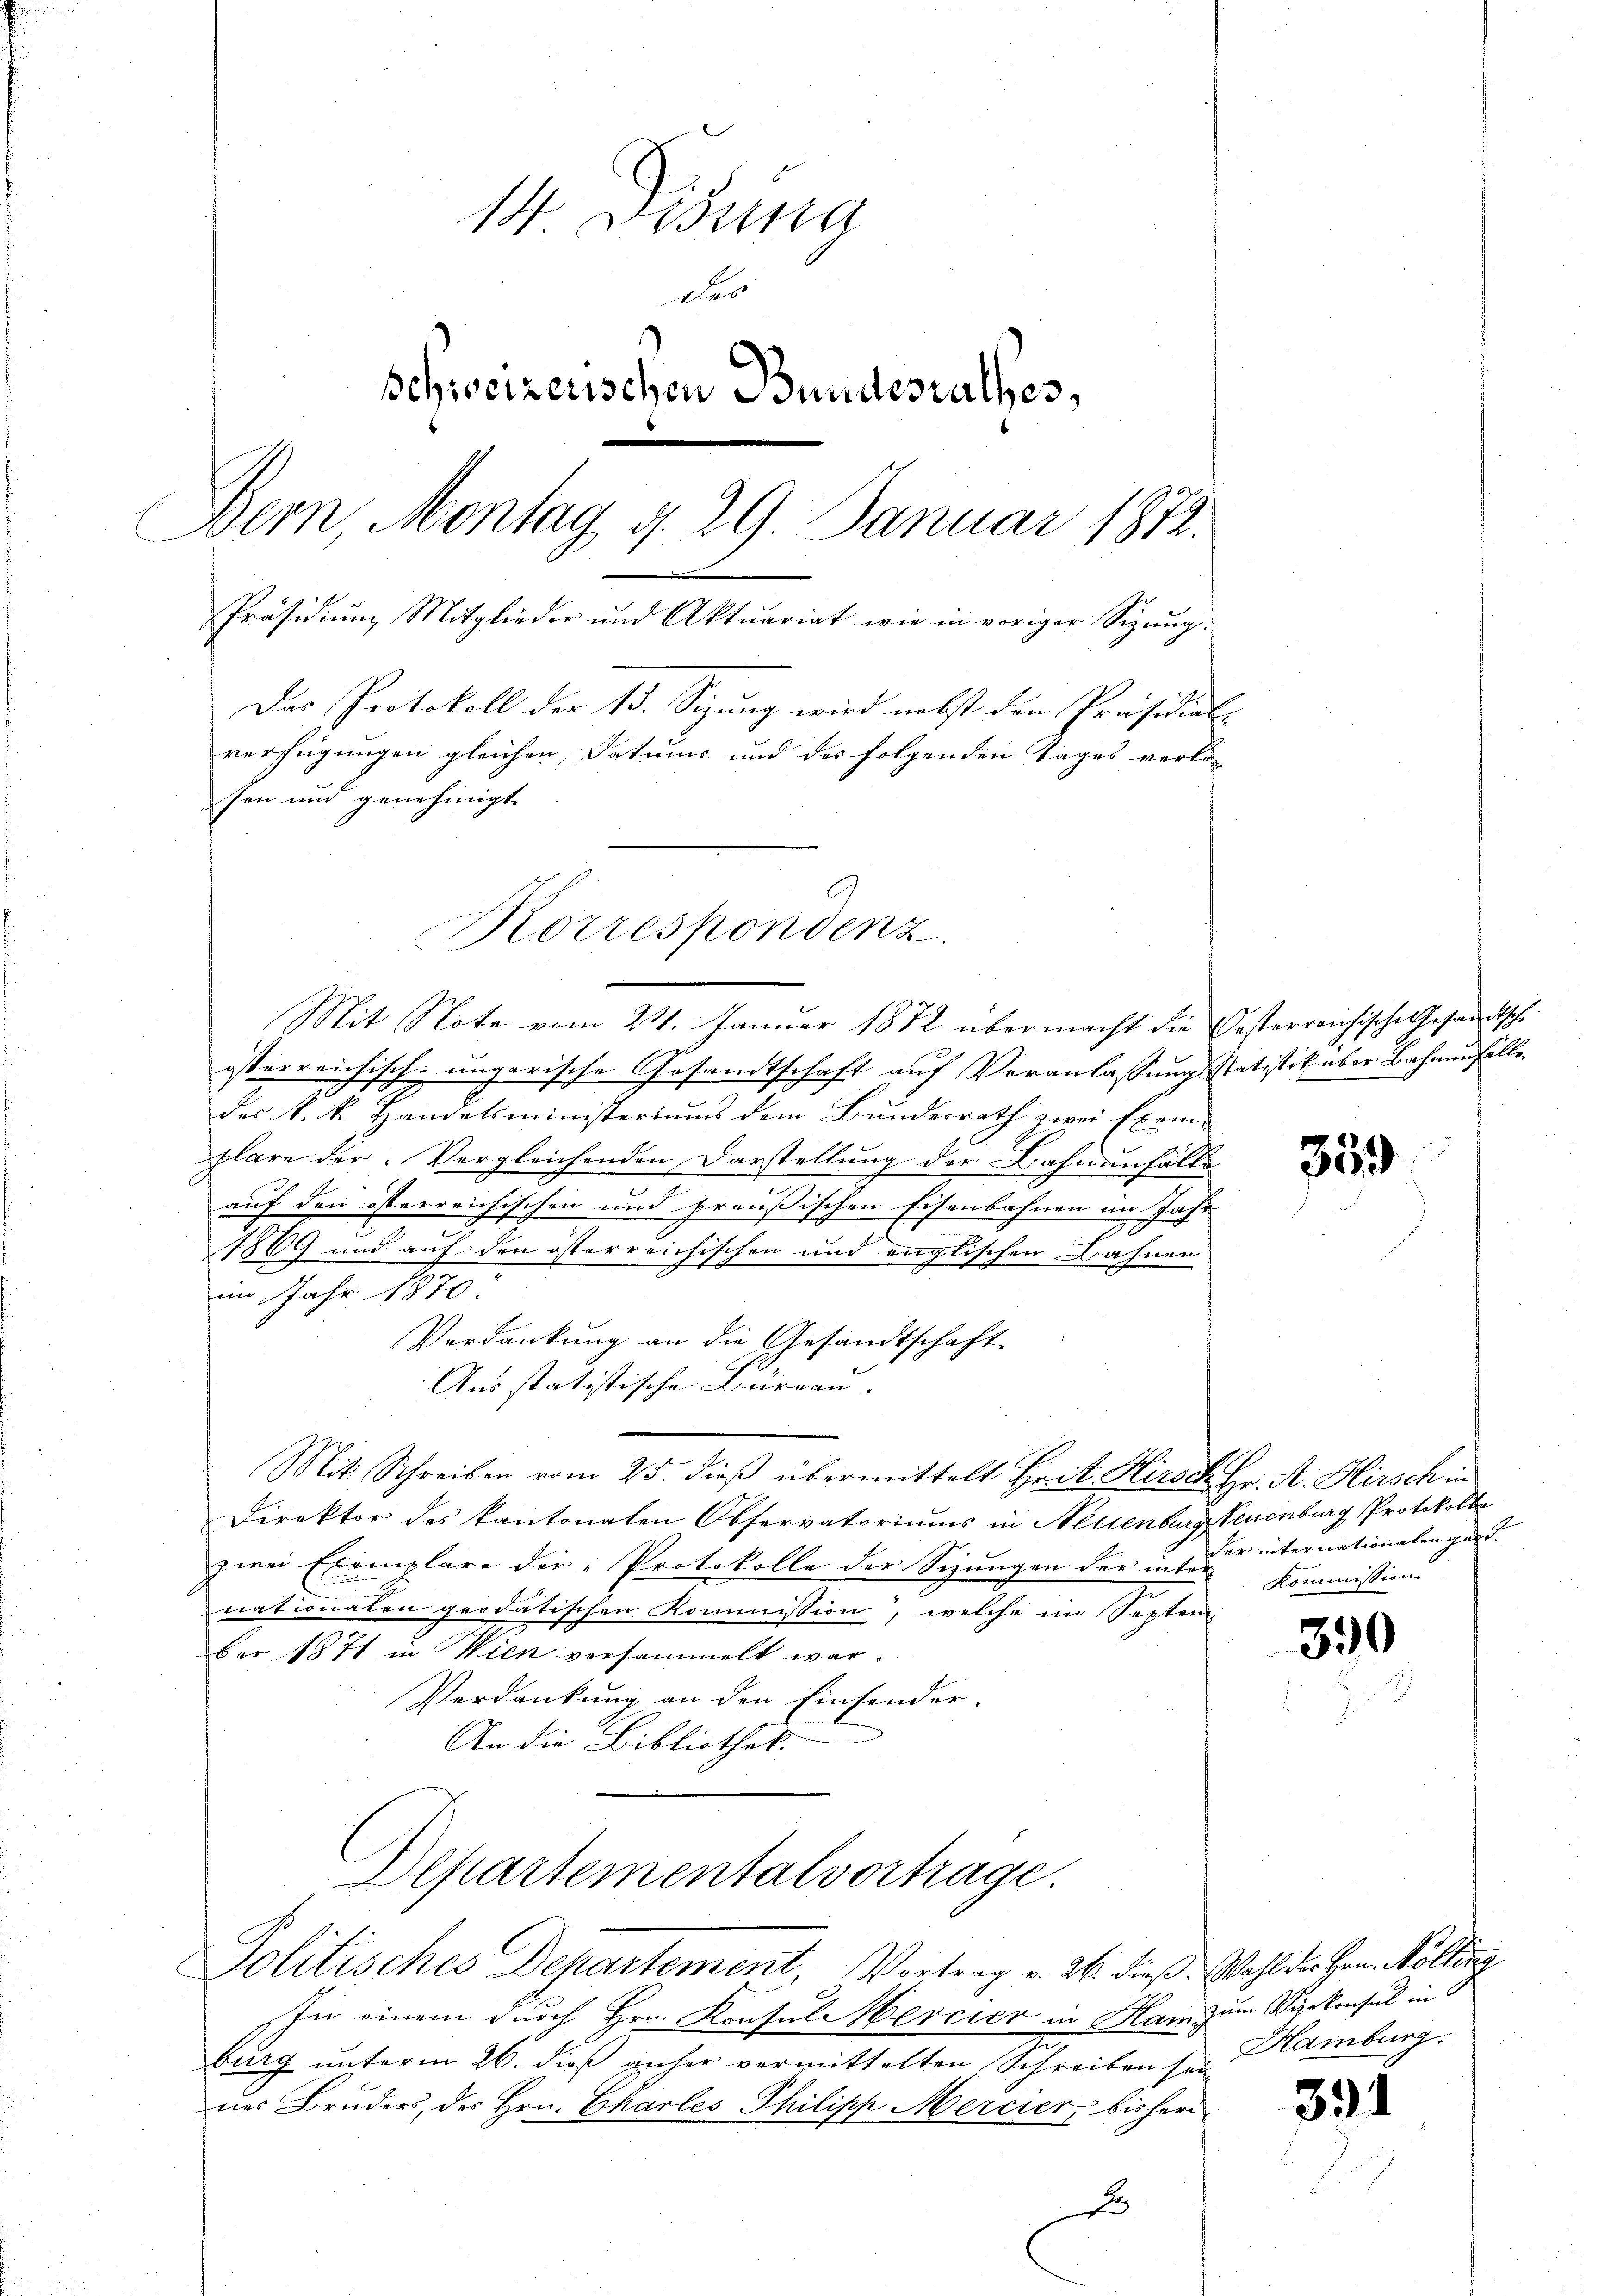
14. Disena
der
schweizerischen Bundesrathes,
Bern, Montag d. 29. Januar 1872.
Präsidiŭm Mitglieder und Aktuariat wie in voriger Sizung.
Das Protokoll der 13. Sizung wird nebst den Präsidial-
verfügungen gleichen Datums und des folgenden Tages verle-
sen und genehmigt.

Mit Note vom 21. Januar 1872 übermacht die Oesterreichische Gesandtsche
isterreichisch-ungarische Gesandtschaft auf Veranlassung statistik über Bahnenfalle
des k. k. Handelsministeriums dem Bŭndesrath zwei Exem-
plare der Vergleichenden Darstellung der Bahnenfälle
c
auf den österreichischen und preußischen Eisenbahnen im Jahr
1869 und auf den österreichischen und englischen Bahnen
im Jahr 1870.
Verdankung an die Gesandtschaft
Ausstatistische Büreau.
Mit Schreiben vom 25. dieß übermittelt Hrst. Hirsch Hr. A. Hirsch in
Direktor des kantonalen Observatoriums in Neuenburg Neuenburg Protokoll
zwei Exemplare der Protokolle der Sizungen der inter-
nationalen geodatischen Kommission, welche im Septem-
ber 1871 in Wien versammelt war.
Verdankung an den Einsender.
An die Bibliothek.
Departementalvortrage.
Politisches Departement Vortrag v. 26. dieß. Wahl der Hrn. Kölling
In einem durch Hrn. Konsul Hercier in Ham zum Vizekonsul in
burg unterm 26. dieß geher vermittelten Schreiben sei Hamburg,
nes Bruder, des Hrn. Charles Philipp Mercier, bisheri
d

Korrespondenz.

359

der internationalen gant.
Kommission

390

391